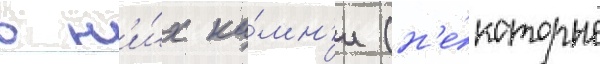
в н'и́х ка́мн'и (н'е́которые